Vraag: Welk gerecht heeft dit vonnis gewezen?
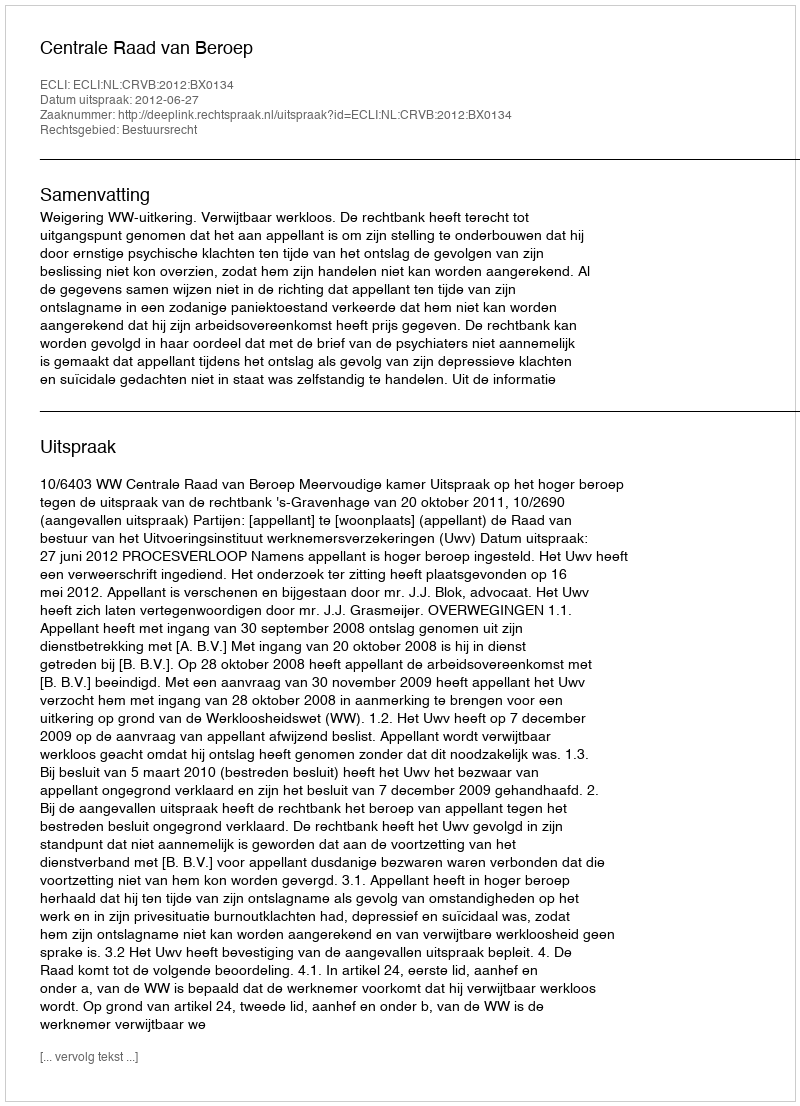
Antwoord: Centrale Raad van Beroep